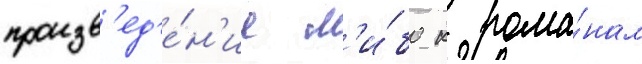
произв'ед'е́н'ие л'и́бо к рома́нам